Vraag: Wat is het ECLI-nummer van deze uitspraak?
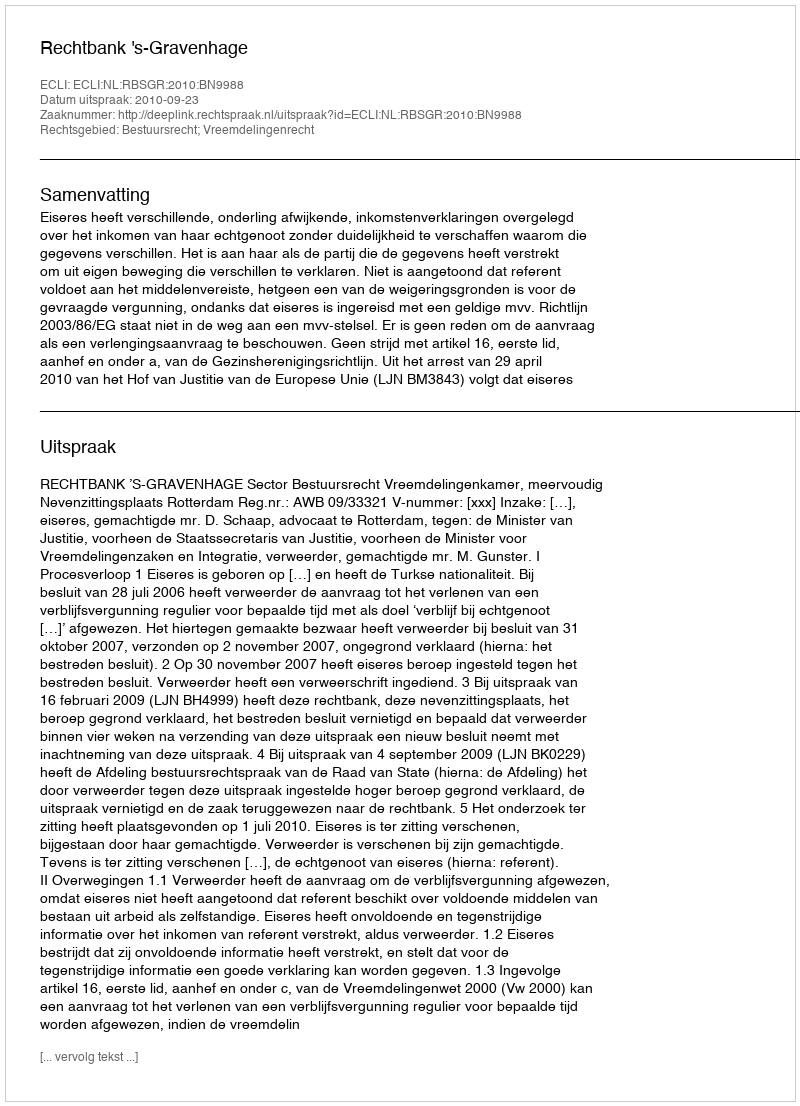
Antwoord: ECLI:NL:RBSGR:2010:BN9988